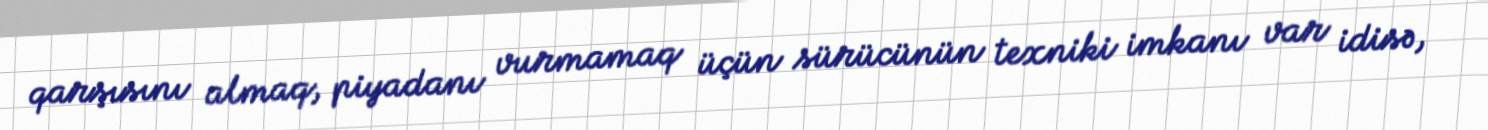
qarşısını almaq, piyadanı vurmamaq üçün sürücünün texniki imkanı var idisə,